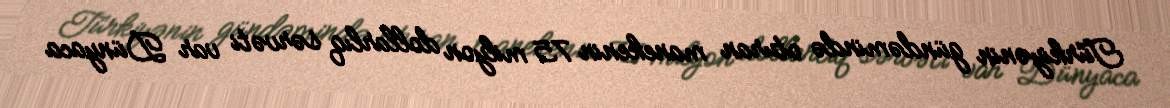
Türkiyənin gündəmində oturan manekenin 75 milyon dollarlıq sərvəti var Dünyaca